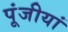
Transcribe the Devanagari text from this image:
पूंजीयां